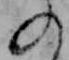
の